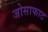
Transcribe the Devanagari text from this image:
जोसाफाट